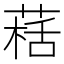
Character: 𱾀